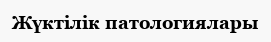
Жүктілік патологиялары